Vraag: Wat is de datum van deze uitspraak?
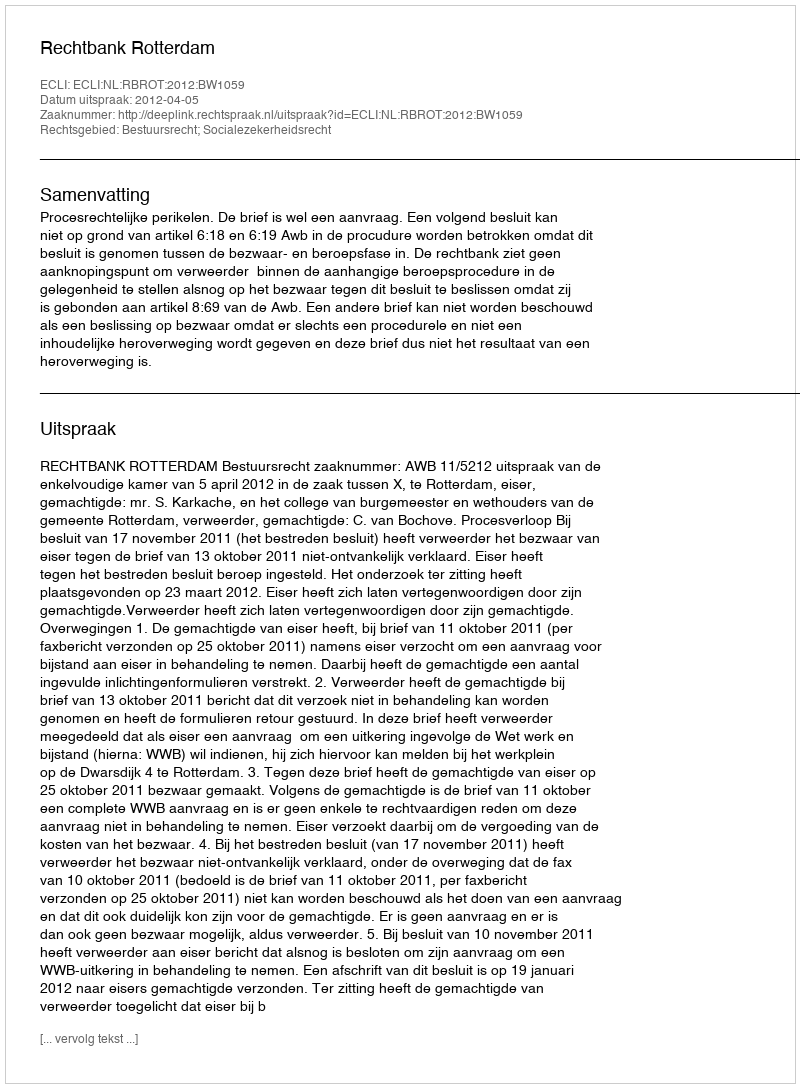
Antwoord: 2012-04-05